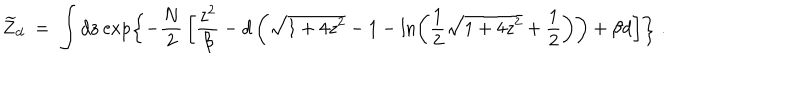
\widetilde { Z } _ { d } \; = \; \int d { \bf z } \exp \left\{ - { \frac { N } { 2 } } \left[ { \frac { z ^ { 2 } } { \beta } } - d \left( \sqrt { 1 + 4 z ^ { 2 } } - 1 - \ln \left( { \frac { 1 } { 2 } } \sqrt { 1 + 4 z ^ { 2 } } + { \frac { 1 } { 2 } } \right) \right) + \beta d \right] \right\} \; .